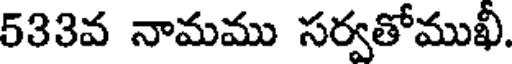
533వ నామము సర్వతోముఖీ.